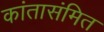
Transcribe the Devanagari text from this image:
कांतासंमित